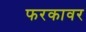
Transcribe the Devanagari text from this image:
फरकावर